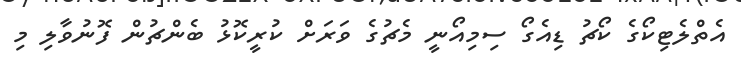
އެތްލެޓިކޯގެ ކޯޗު ޑިއެގޯ ސިމިއޯނީ މެޗުގެ ވަރަށް ކުރީކޮޅު ބެންޗުން ފޮނުވާލި މި